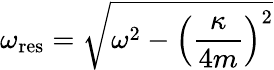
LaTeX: \omega_{\mathrm{res}}={\sqrt{\omega^{2}-\left({\frac{\kappa}{4m}}\right)^{2}}}